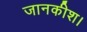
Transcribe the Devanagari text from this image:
जानकीश।